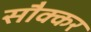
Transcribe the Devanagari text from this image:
सौक्कर